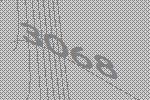
3068